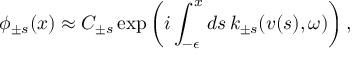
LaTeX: \phi _ { \pm s } ( x ) \approx C _ { \pm s } \exp \left( i \int _ { - \epsilon } ^ { x } d s \, k _ { \pm s } ( v ( s ) , \omega ) \right) ,